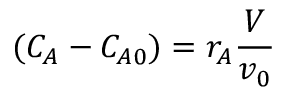
( C _ { A } - C _ { A 0 } ) = r _ { A } { \frac { V } { v _ { 0 } } }